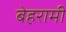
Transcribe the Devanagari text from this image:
बेहरामी